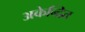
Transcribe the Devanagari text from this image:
अकेन्द्रित